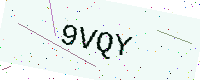
Text: 9VQY